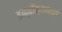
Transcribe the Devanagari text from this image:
इन्बॉक्समध्ये